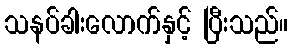
သနပ်ခါးလောက်နှင့် ပြီးသည်။